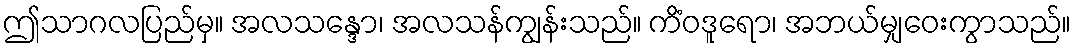
ဤသာဂလပြည်မှ။ အလသန္ဒော၊ အလသန်ကျွန်းသည်။ ကိံဝဒူရော၊ အဘယ်မျှဝေးကွာသည်။